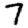
Digit: 7